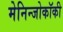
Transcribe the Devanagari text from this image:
मेनिन्जोकॉकी